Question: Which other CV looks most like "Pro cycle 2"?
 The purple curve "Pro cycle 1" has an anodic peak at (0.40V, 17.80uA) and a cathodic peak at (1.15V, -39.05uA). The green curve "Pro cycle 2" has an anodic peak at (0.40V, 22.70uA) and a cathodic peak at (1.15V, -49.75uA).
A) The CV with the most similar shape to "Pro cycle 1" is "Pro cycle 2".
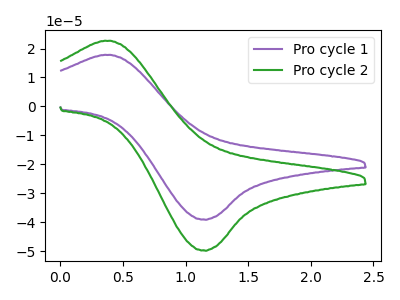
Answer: <think>All the peaks in "Pro cycle 1" have a peak in "Pro cycle 2" at the same potential. Every peak in "Pro cycle 1" is lower than every peak in "Pro cycle 2".
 </think>
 <answer>A) The CV with the most similar shape to "Pro cycle 1" is "Pro cycle 2".</answer>
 <eval>A</eval>